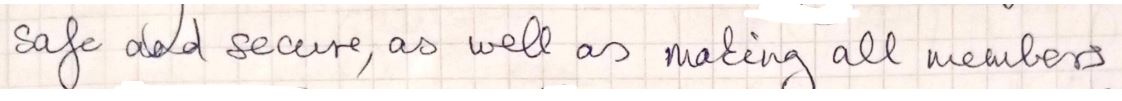
safe and secure, as well as making all members